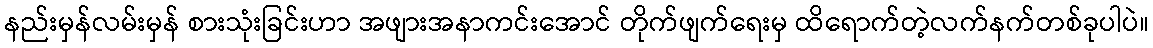
နည်းမှန်လမ်းမှန် စားသုံးခြင်းဟာ အဖျားအနာကင်းအောင် တိုက်ဖျက်ရေးမှ ထိရောက်တဲ့လက်နက်တစ်ခုပါပဲ။